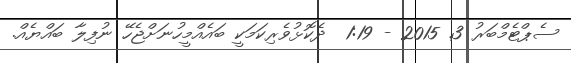
ސެޕްޓެމްބަރު 3